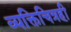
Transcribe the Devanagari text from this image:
व्यक्तिचित्रही